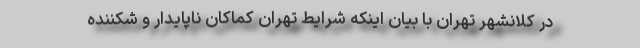
در کلانشهر تهران با بیان اینکه شرایط تهران کماکان ناپایدار و شکننده